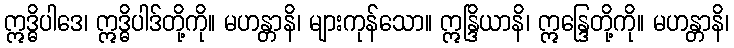
ဣဒ္ဓိပါဒေ၊ ဣဒ္ဓိပါဒ်တို့ကို။ မဟန္တာနိ၊ များကုန်သော။ ဣန္ဒြိယာနိ၊ ဣန္ဒြေတို့ကို။ မဟန္တာနိ၊